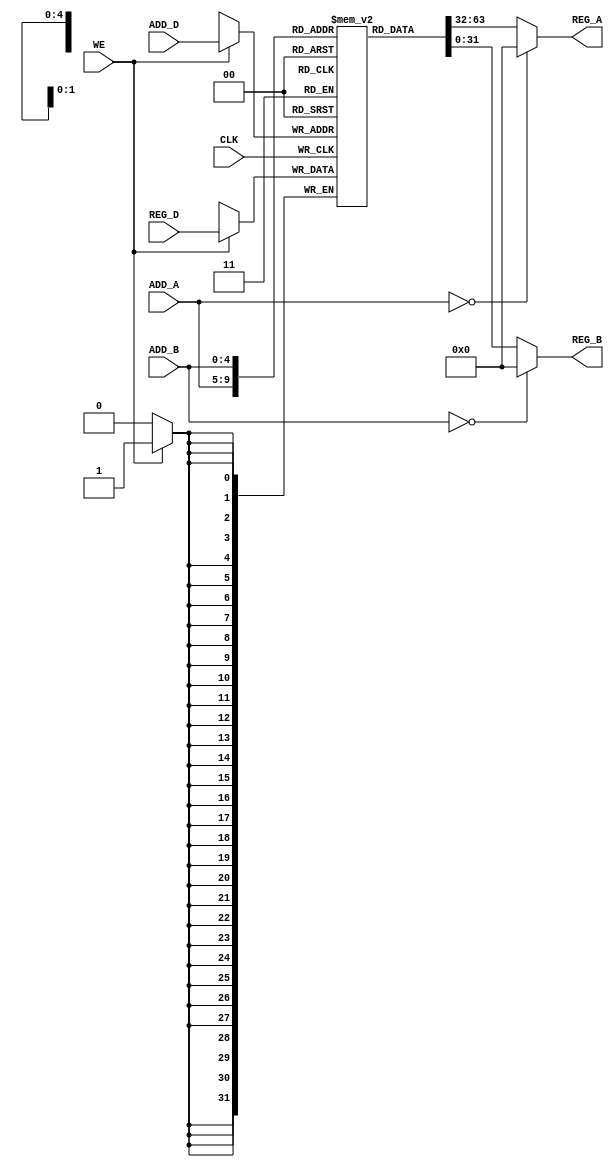
`timescale 1ns / 1ps

//
//////////////////////////////////////////////////////////////////////////////////
module REG_FILE( ADD_A,ADD_B,ADD_D,REG_A,REG_B,REG_D,WE,CLK
    );

input  CLK,WE;
input  [4:0] ADD_A,ADD_B,ADD_D;
input  [31:0] REG_D;
output [31:0] REG_A,REG_B; 
reg    [31:0] reg_file [31:0];
assign  #0.05 REG_A= (ADD_A==5'b00000)?  32'h00000000:reg_file [ADD_A] ; //assign only to net"wire"
assign  #0.05 REG_B= (ADD_B==5'b00000)?  32'h00000000:reg_file [ADD_B] ;
always @(posedge CLK ) begin  
	if (WE==1'b1) 
		reg_file[ADD_D]<=REG_D; 
		
		
		
end
endmodule